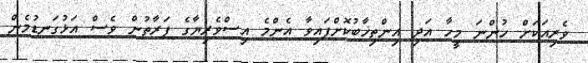
ވެރިއަކަށް ހުންނަ މީހާ އަދި އިންތިޚާބުކޮށްފައިވާ އެންމެ އިސްވެރިޔާގެ ފަރާތުން ވެސް އަޅުގަނޑުމެން